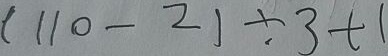
( 1 1 0 - 2 ) \div 3 + 1